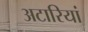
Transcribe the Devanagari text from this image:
अटारियां